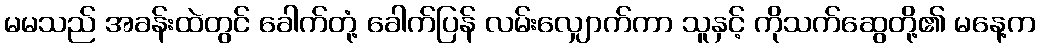
မမသည် အခန်းထဲတွင် ခေါက်တုံ့ ခေါက်ပြန် လမ်းလျှောက်ကာ သူနှင့် ကိုသက်ဆွေတို့၏ မနေ့က